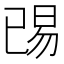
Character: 𬀺